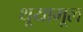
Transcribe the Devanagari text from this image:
थूयामूल